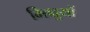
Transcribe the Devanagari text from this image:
भिक्षुयों